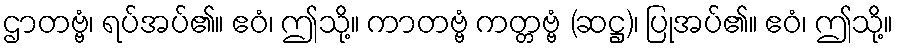
ဌာတဗ္ဗံ၊ ရပ်အပ်၏။ ဧဝံ၊ ဤသို့။ ကာတဗ္ဗံ ကတ္တဗ္ဗံ (ဆဋ္ဌ)၊ ပြုအပ်၏။ ဧဝံ၊ ဤသို့။